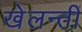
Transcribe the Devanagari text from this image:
खेलन्तीं